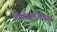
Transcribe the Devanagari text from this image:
फ्रँचाइजच्या